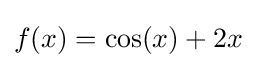
f(x)=\cos(x)+2x